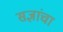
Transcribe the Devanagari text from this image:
सज्ञांचा